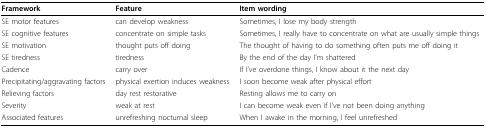
<table><thead><tr><td><b>Framework</b></td><td><b>Feature</b></td><td><b>Item wording</b></td></tr></thead><tbody><tr><td>SE motor features</td><td>can develop weakness</td><td>Sometimes, I lose my body strength</td></tr><tr><td>SE cognitive features</td><td>concentrate on simple tasks</td><td>Sometimes, I really have to concentrate on what are usually simple things</td></tr><tr><td>SE motivation</td><td>thought puts off doing</td><td>The thought of having to do something often puts me off doing it</td></tr><tr><td>SE tiredness</td><td>tiredness</td><td>By the end of the day I&#x27;m shattered</td></tr><tr><td>Cadence</td><td>carry over</td><td>If I&#x27;ve overdone things, I know about it the next day</td></tr><tr><td>Precipitating/aggravating factors</td><td>physical exertion induces weakness</td><td>I soon become weak after physical effort</td></tr><tr><td>Relieving factors</td><td>day rest restorative</td><td>Resting allows me to carry on</td></tr><tr><td>Severity</td><td>weak at rest</td><td>I can become weak even if I&#x27;ve not been doing anything</td></tr><tr><td>Associated features</td><td>unrefreshing nocturnal sleep</td><td>When I awake in the morning, I feel unrefreshed</td></tr></tbody></table>